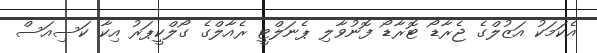
އެކަމަކު އަޒުލްގެ ޖެރާޑޯ ޓޮރާޑޯ ފޮނުވާލި ޕެނަލްޓީ ރެއާލްގެ ގޯލްކީޕަރު އިކާ ކަސިއަސް